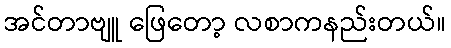
အင်တာဗျူ ဖြေတော့ လစာကနည်းတယ်။